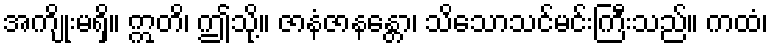
အကျိုးမရှိ။ ဣတိ၊ ဤသို့။ ဇာနံဇာနန္တော၊ သိသောသင်မင်းကြီးသည်။ ကထံ၊